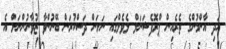
އަދި އާންމުންގެ ތެރެއިން ޕްރޮފެޝަނަލް ލެވެލްގައި ނަށަން ދަސްކުރަން ބޭނުންވާ ޒުވާނުންނަށް އެ